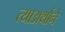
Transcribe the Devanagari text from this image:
त्याअर्थाने